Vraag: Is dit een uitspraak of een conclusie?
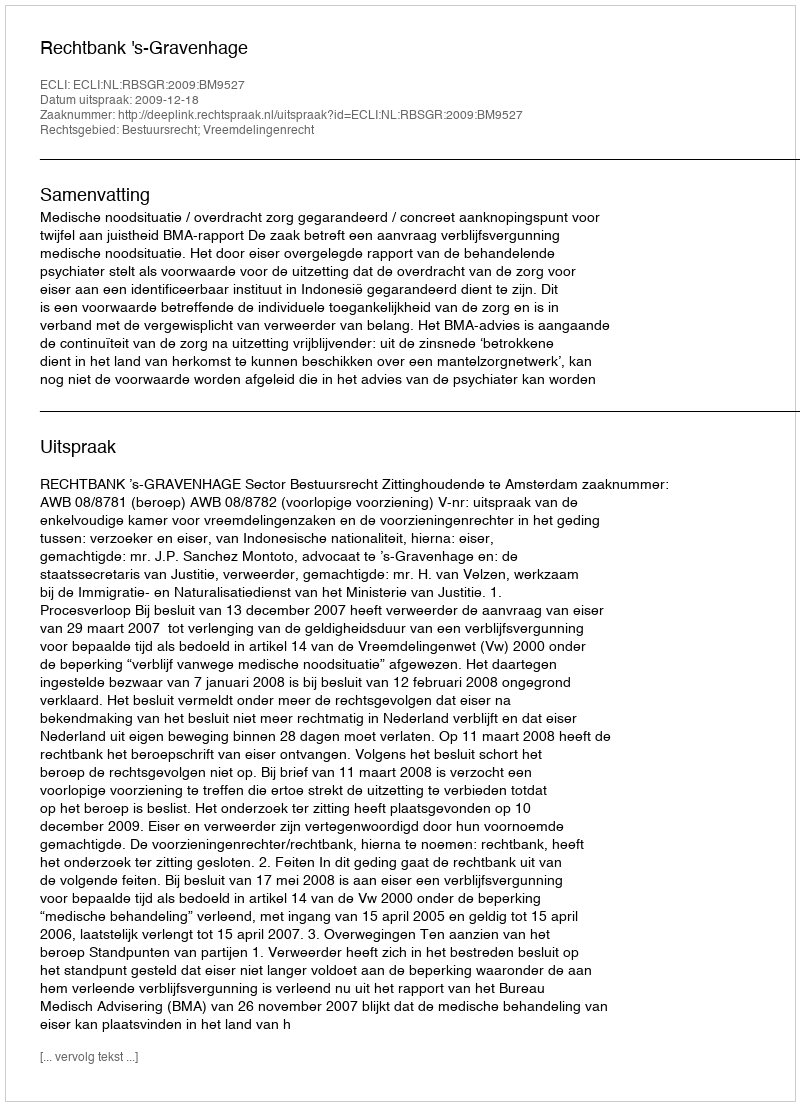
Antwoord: Uitspraak